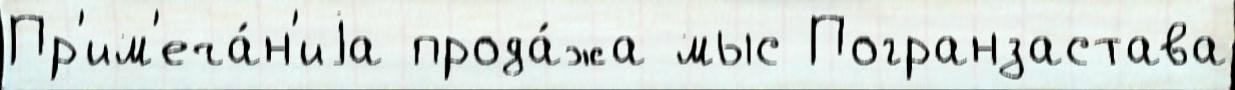
Пр'им'еча́н'иjа прода́жа мыс Погранзастава